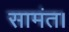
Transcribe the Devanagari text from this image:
सामंत।